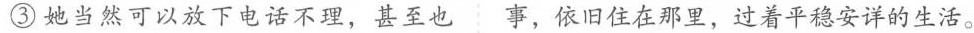
③她当然可以放下电话不理，甚至也事，依旧住在那里，过着平稳安详的生活。